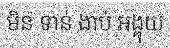
មិន ទាន់ ងាប់ អង្គុយ